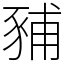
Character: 豧